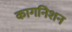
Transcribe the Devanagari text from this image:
कागनिशन